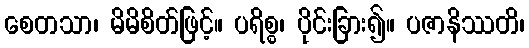
စေတသာ၊ မိမိစိတ်ဖြင့်။ ပရိစ္စ၊ ပိုင်းခြား၍။ ပဇာနိဿတိ၊